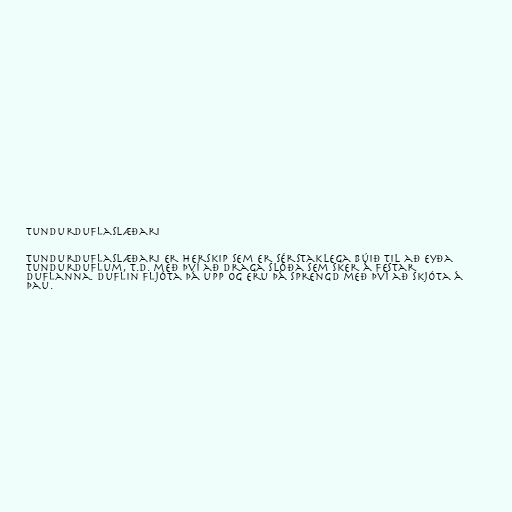
Tundurduflaslæðari

Tundurduflaslæðari er herskip sem er sérstaklega búið til að eyða
tundurduflum, t.d. með því að draga slóða sem sker á festar
duflanna. Duflin fljóta þá upp og eru þá sprengd með því að skjóta á
þau.